Annual administration report of the Civil Veterinary Department of India - 1896-1897
Year: 1896
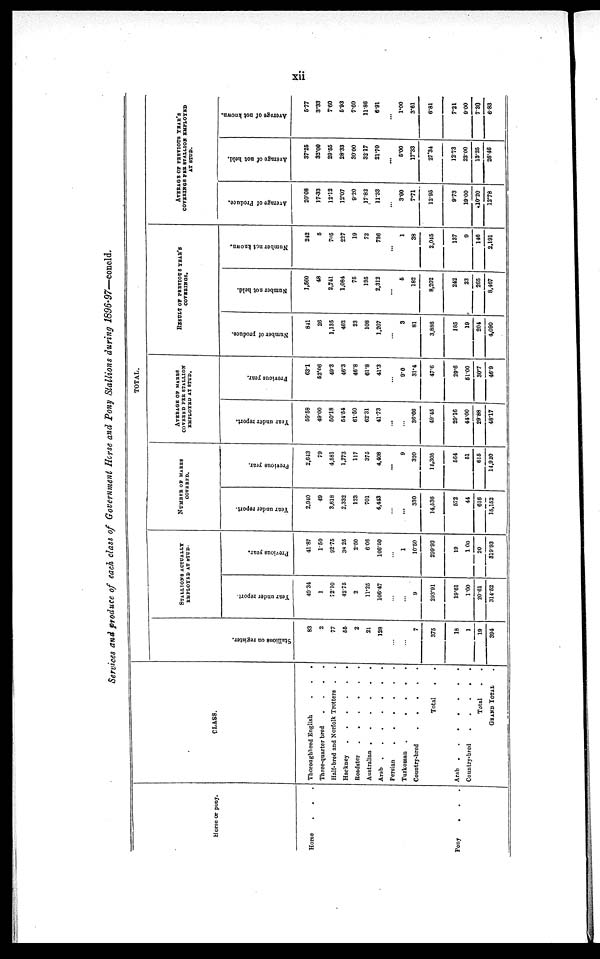
xii
Services and produce of each class of Government Horse and Pony Stallions during 1896-97—concld.
Horse or pony.
Horse
. . .
Pony . . . .
CLASS.
Thoroaghbred English
.
.
.
Three-quarter bred
.
.
.
.
Half-bred and Norfolk Trotters . .
Hackney . . . . . .
Roadster . . . . . .
Australian . . . . . .
Arab . . . . . . .
Persian
.
.
.
.
Turkoman
.
.
.
.
.
Country-bred . . . . .
Total
Arab . . . . . . .
Country-bred
.
.
.
.
.
Total . .
GRAND TOTAL . .
TOTAL.
St al l
i
ons on register.
83
2
77
55
2
21
128
...
...
7
375
18
1
19
394
STALLIONS ACTUALLY
EMPLOYED AT STUD.
Year under report.
49.34
1
72.10
42.75
2
11.25
106.47
...
...
9
293.91
19.61
1.00
20.61
314.52
Previous year.
41.87
1.50
92.75
38.25
2.50
6.06
106.50
...
1
10.50
299.93
19
1.00
20
319.93
NUMBER OF
MARES
COVERED.
Year under report.
2,940
49
3,618
2,332
123
701
4,443
...
...
330
14,536
572
44
616
15,152
Previous year.
2,643
79
4,581
1,773
117
375
4,408
...
9
320
14,305
564
51
615
14,920
AVERAGE OF MARES
COVERED PER STALLION
EMPLOYED AT STUD.
Year under report.
59.58
49.00
50.18
54.54
61.50
62.31
41.73
...
...
36.66
49.45
29.16
44.00
29.88
48.17
Previous year.
63.1
52.06
49.3
46.3
46.8
61.8
41.3
...
9.0
31.4
47.6
29.6
51.00
30.7
46.9
RESULT OF PREVIOYUS YEAR'S
COVERINGS.
Number of produce.
841
26
1,135
462
23
108
1,207
...
3
81
3,886
185
19
204
4,090
Number not held.
1,560
48
2,741
1,084
75
195
2,312
...
5
182
8,202
242
23
265
8,467
Number not known.
242
5
705
227
19
72
736
...
1
38
2,045
137
9
146
2,191
AVERAGE OF PVIOUS YEAR'S
COVERINGS PER STALLION EMPLOYED
AT STUD.
Average of Produce.
20.08
17.33
12.12
12.07
9.20
17.82
11.33
...
3.00
7.71
12.95
9.73
19.00
10.20
12.78
Average of not held.
37.25
32.00
29.55
28.33
30.00
32.17
21.70
...
5.00
17.33
27.34
12.73
23.00
13.25
26.46
Average of not known.
5.77
3.33
7.60
5.93
7.60
11.86
6.91
...
1.00
3.61
6.81
7.21
9.00
7.30
6.83